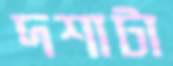
দশাটা